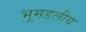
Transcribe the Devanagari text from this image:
भूमडलीय